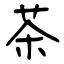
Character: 茶